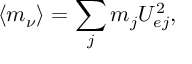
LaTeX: \langle m _ { \nu } \rangle = \sum _ { j } m _ { j } U _ { e j } ^ { 2 } ,